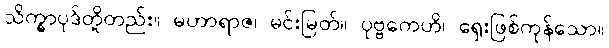
သိက္ခာပုဒ်တို့တည်း။ မဟာရာဇ၊ မင်းမြတ်။ ပုဗ္ဗကေဟိ၊ ရှေးဖြစ်ကုန်သော။